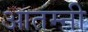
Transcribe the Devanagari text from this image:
आतम्नी